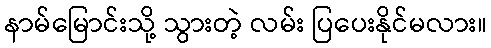
နာမ်မြောင်းသို့ သွားတဲ့ လမ်း ပြပေးနိုင်မလား။